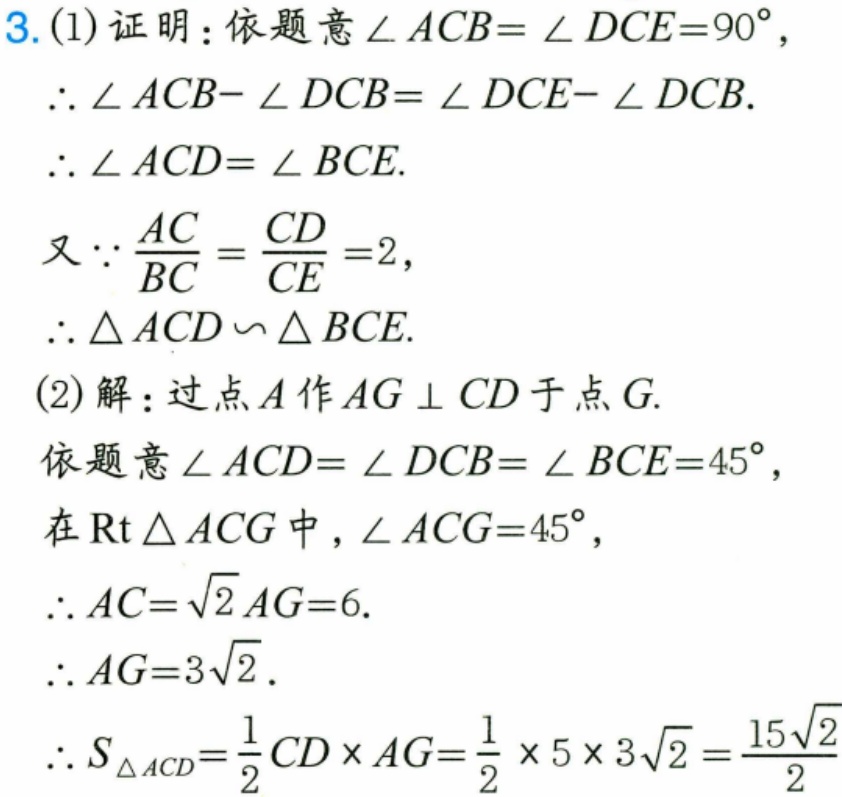
3. (1)证明：依题意\(\angle ACB = \angle DCE = 90^{\circ}\)，
\(\therefore \angle ACB - \angle DCB = \angle DCE - \angle DCB\).
\(\therefore \angle ACD = \angle BCE\).
又\(\because \frac{AC}{BC}=\frac{CD}{CE}=2\)，
\(\therefore \triangle ACD\sim\triangle BCE\).
(2)解：过点\(A\)作\(AG\perp CD\)于点\(G\).
依题意\(\angle ACD = \angle DCB = \angle BCE = 45^{\circ}\)，
在\(\text{Rt}\triangle ACG\)中，\(\angle ACG = 45^{\circ}\)，
\(\therefore AC = \sqrt{2}AG = 6\).
\(\therefore AG = 3\sqrt{2}\).
\(\therefore S_{\triangle ACD}=\frac{1}{2}CD\times AG=\frac{1}{2}\times5\times3\sqrt{2}=\frac{15\sqrt{2}}{2}\)